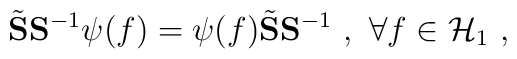
\tilde{\bf S}{\bf S}^{-1}\psi(f)=\psi(f)\tilde{\bf S}{\bf S}^{-1} \,\,,\,\,\forall f \in {\cal H}_1 \,\,,